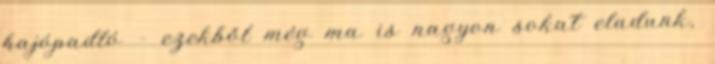
hajópadló – ezekből még ma is nagyon sokat eladunk,